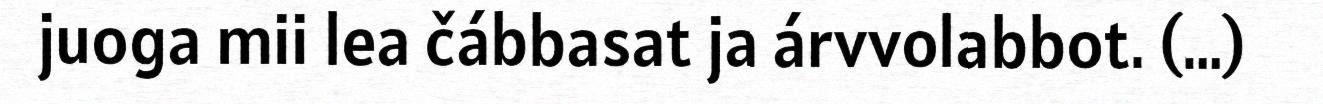
juoga mii lea čábbasat ja árvvolabbot. (…)